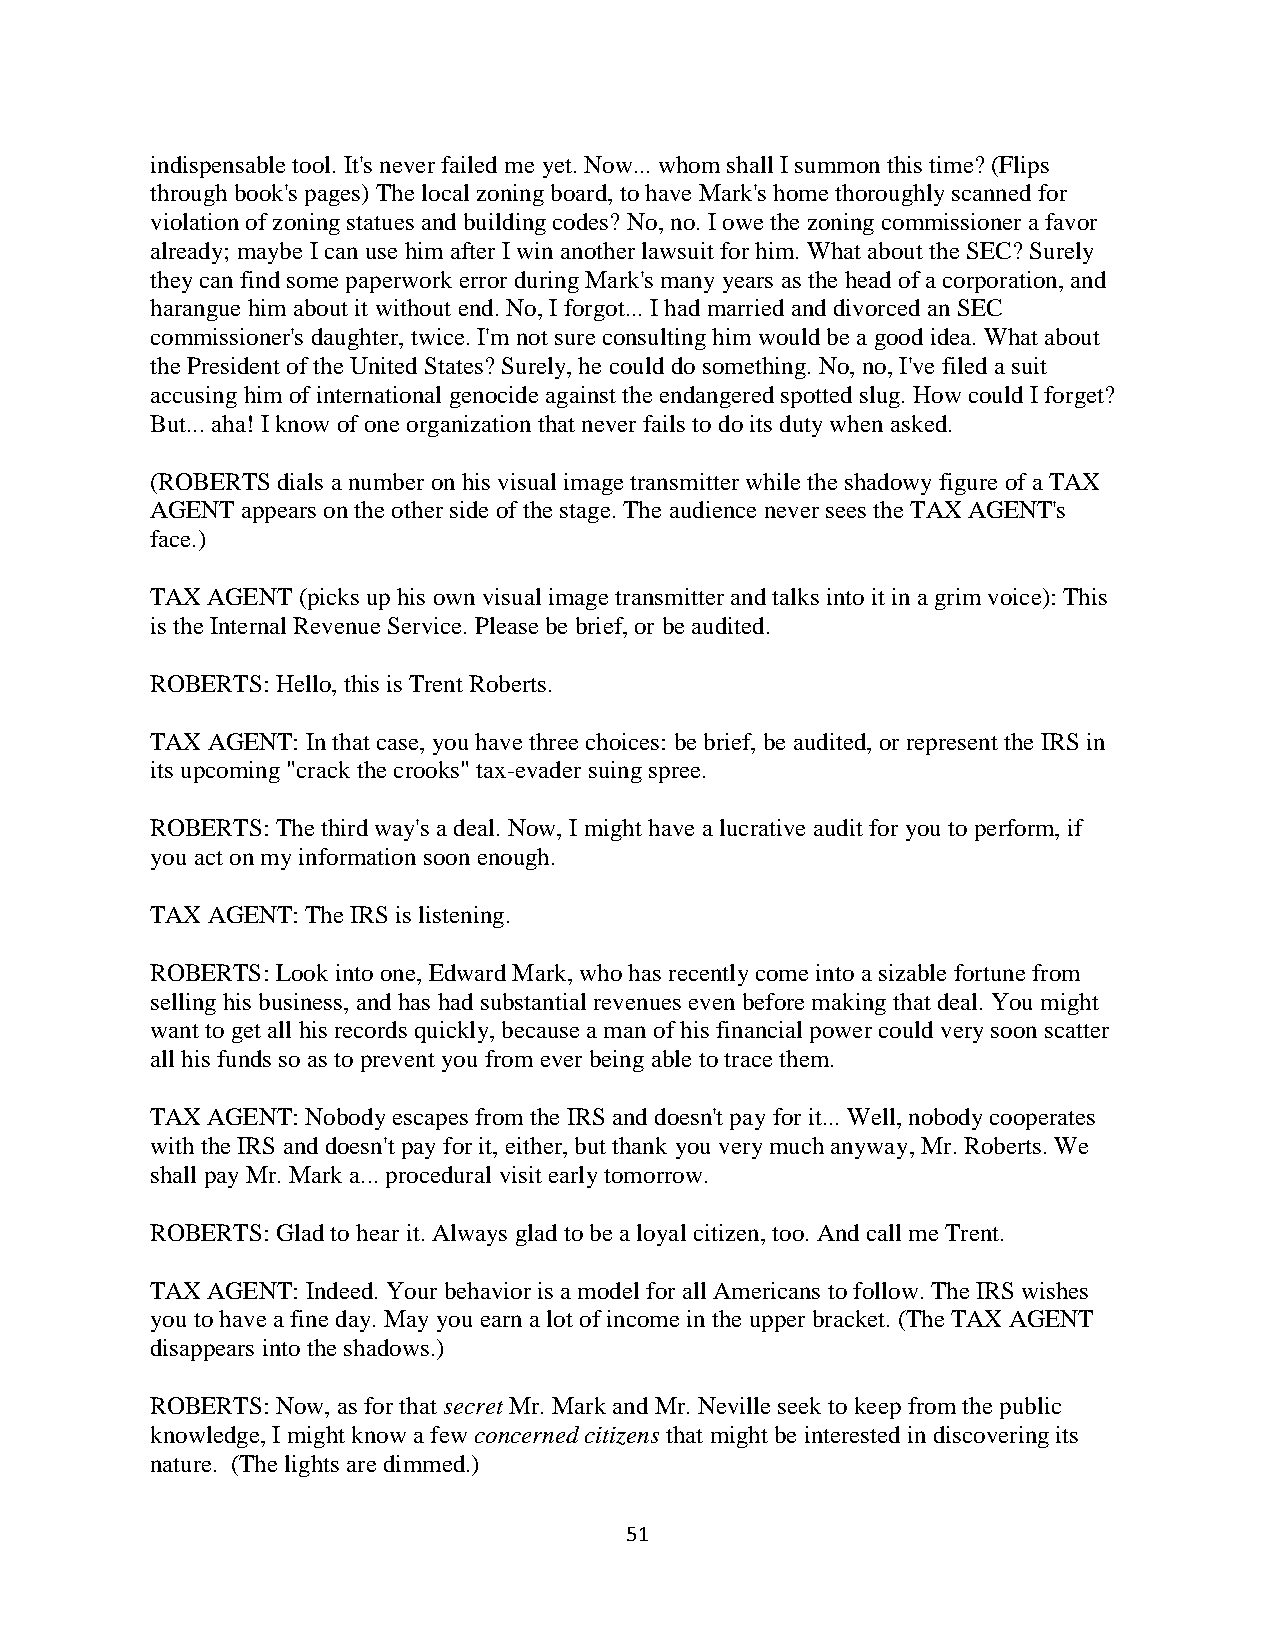
indispensable tool. It's never failed me yet. Now... whom shall I summon this time? (Flips
 through book's pages) The local zoning board, to have Mark's home thoroughly scanned for
 violation of zoning statues and building codes? No, no. I owe the zoning commissioner a favor
 already; maybe I can use him after I win another lawsuit for him. What about the SEC? Surely
 they can find some paperwork error during Mark's many years as the head of a corporation, and
 harangue him about it without end. No, I forgot... I had married and divorced an SEC
 commissioner's daughter, twice. I'm not sure consulting him would be a good idea. What about
 the President of the United States? Surely, he could do something. No, no, I've filed a suit
 accusing him of international genocide against the endangered spotted slug. How could I forget?
 But... aha! I know of one organization that never fails to do its duty when asked.
 (ROBERTS dials a number on his visual image transmitter while the shadowy figure of a TAX
 AGENT appears on the other side of the stage. The audience never sees the TAX AGENT's
 face.)
 TAX AGENT (picks up his own visual image transmitter and talks into it in a grim voice): This
 is the Internal Revenue Service. Please be brief, or be audited.
 ROBERTS: Hello, this is Trent Roberts.
 TAX AGENT: In that case, you have three choices: be brief, be audited, or represent the IRS in
 its upcoming "crack the crooks" tax-evader suing spree.
 ROBERTS: The third way's a deal. Now, I might have a lucrative audit for you to perform, if
 you act on my information soon enough.
 TAX AGENT: The IRS is listening.
 ROBERTS: Look into one, Edward Mark, who has recently come into a sizable fortune from
 selling his business, and has had substantial revenues even before making that deal. You might
 want to get all his records quickly, because a man of his financial power could very soon scatter
 all his funds so as to prevent you from ever being able to trace them.
 TAX AGENT: Nobody escapes from the IRS and doesn't pay for it... Well, nobody cooperates
 with the IRS and doesn't pay for it, either, but thank you very much anyway, Mr. Roberts. We
 shall pay Mr. Mark a... procedural visit early tomorrow.
 ROBERTS: Glad to hear it. Always glad to be a loyal citizen, too. And call me Trent.
 TAX AGENT: Indeed. Your behavior is a model for all Americans to follow. The IRS wishes
 you to have a fine day. May you earn a lot of income in the upper bracket. (The TAX AGENT
 disappears into the shadows.)
 ROBERTS: Now, as for that secret Mr. Mark and Mr. Neville seek to keep from the public
 knowledge, I might know a few concerned citizens that might be interested in discovering its
 nature. (The lights are dimmed.)
 51